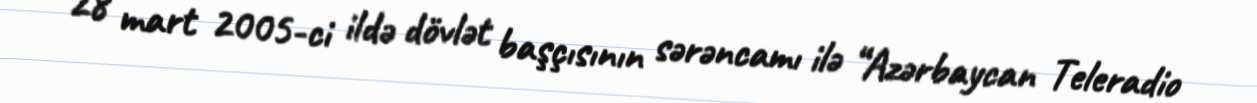
28 mart 2005-ci ildə dövlət başçısının sərəncamı ilə “Azərbaycan Teleradio